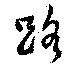
路